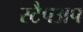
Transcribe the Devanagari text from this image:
स्टैपअप